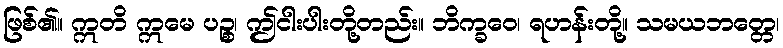
ဖြစ်၏။ ဣတိ ဣမေ ပဉ္စ၊ ဤငါးပါးတို့တည်း။ ဘိက္ခဝေ၊ ရဟန်းတို့။ သမယဘတ္တေ၊